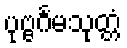
ပုဗ္ဗင်္ဂမသုတ္တံ